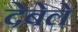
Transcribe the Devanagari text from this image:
देबेले